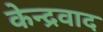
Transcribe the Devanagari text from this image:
केन्द्रवाद